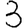
Digit: 3